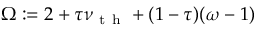
\Omega : = 2 + \tau \nu _ { \mathrm { ~ t ~ h ~ } } + ( 1 - \tau ) ( \omega - 1 )